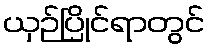
ယှဉ်ပြိုင်ရာတွင်